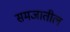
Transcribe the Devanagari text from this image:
समजातील